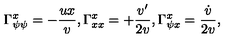
\Gamma _ { \psi \psi } ^ { x } = - { \frac { u x } { v } } , \Gamma _ { x x } ^ { x } = + { \frac { v ^ { \prime } } { 2 v } } , \Gamma _ { \psi x } ^ { x } = { \frac { \dot { v } } { 2 v } } ,